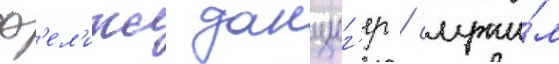
ф'ел'икс данциг'ер / служи́л